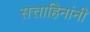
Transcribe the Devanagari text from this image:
सत्ताहिनांनी